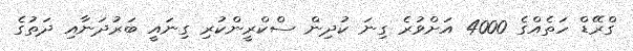
ގްރޭޑް ހަތެއްގެ 4000 އަށްވުރެ ގިނަ ކުދިން ސްކްރީންކުރި ގިނައީ ބަރުދަނާއި ދަތުގެ